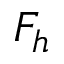
F _ { h }